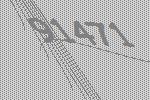
91471